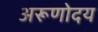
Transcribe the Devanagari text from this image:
अरूणोदय